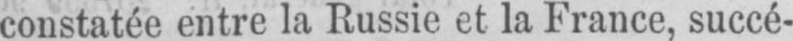
constatée entre la Russie et la France, succé-